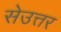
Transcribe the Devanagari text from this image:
सेउत्तर